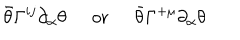
LaTeX: \bar { \theta } \Gamma ^ { i j } \partial _ { \alpha } \theta \; \; \mathrm { o r } \; \; \bar { \theta } \Gamma ^ { + \mu } \partial _ { \alpha } \theta